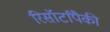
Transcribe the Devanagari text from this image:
रिसॉर्टांपैकी